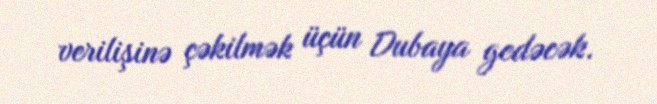
verilişinə çəkilmək üçün Dubaya gedəcək.